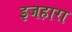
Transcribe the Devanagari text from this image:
इजहारा